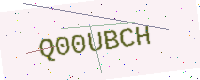
Text: Q00UBCH